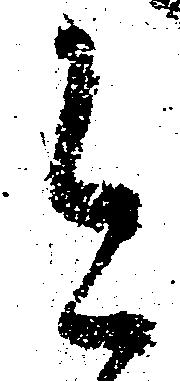
今